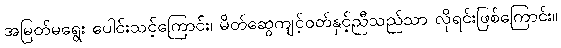
အမြတ်မရွေး ပေါင်းသင့်ကြောင်း၊ မိတ်ဆွေကျင့်ဝတ်နှင့်ညီသည်သာ လိုရင်းဖြစ်ကြောင်း။